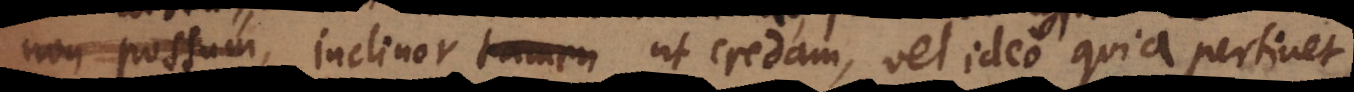
animas, inclinor ut credam, vel ideo quia pertinet